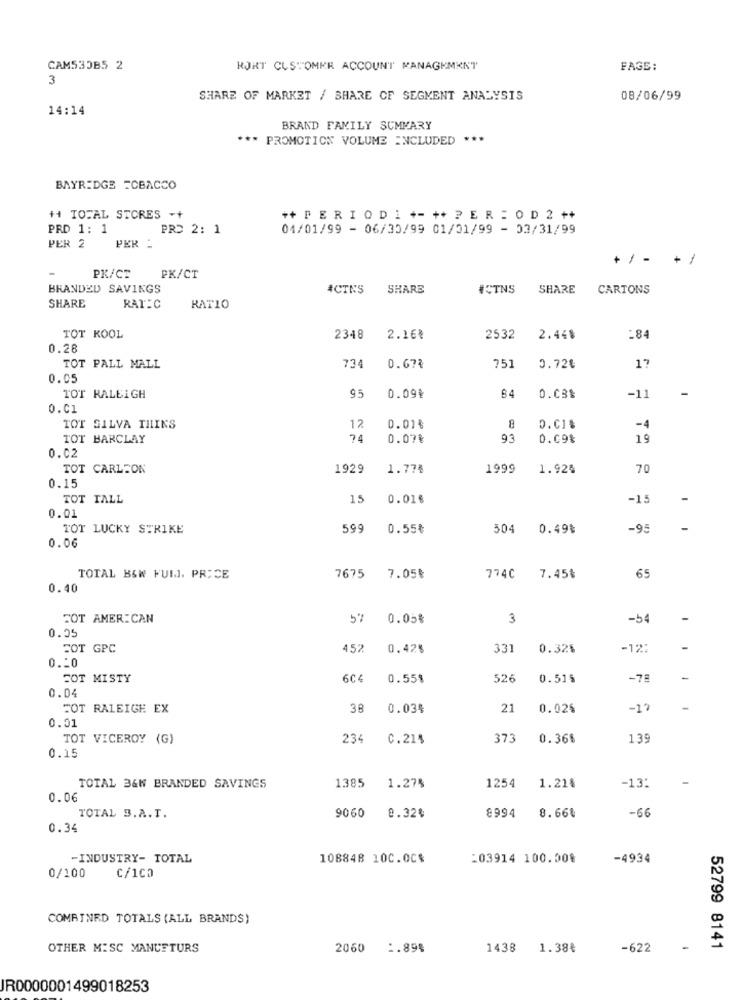
CAM533B5 2
KORT CUSTOMER ACCOUNT MANAGEMENT
FAGS:
3
SHARE OF MARKET / SHARE OF SEGMENT ANALYSIS
08/06/99
14:14
BRAND FAMILY SUMMARY
*** PROMOTION VOLUME INCLUDED ***
BAYRIDGE FCBACCO
+ TOTAL STORES ++
++ P E R I O D 1 +- ++ P E R : O D 2 ++
PRD 1: 1
PRO 2: 1
04/01/99 - 06/30/99 01/01/99 - 03/31/99
PER 2
PER -
+/ - +/
PK/CT
PK/CT
BRANDED SAVINGS
ACTES
SHARE
#CTNS
SHARE
CARTONS
SHARE
RATEC
RATIO
TOT KOOL
2348
2.16%
2532
2.44%
:84
0.28
17
TOT PALL MALL
734
0.67%
?51
0.72€
0.05
-
TOT RALEIGH
95
0.09%
-
0.03%
-11
o.C1
TOT SILVA THINS
12
0.01%
0.01%
-4
TOT BARCLAY
74
0.07€
93
0.09%
19
0.02
TOT CARLSON
1929
1.774
1999
1.92%
70
0.15
TOT TALL
15
0.01€
-15
0.01
TOT LUCKY STRIKE
599
0.55₺
504
0.49%
-95
0.06
TOTAL B&W FUM. PRICE
7675 7.05₺
774C
7.45%
65
0.40
FOT AMERICAN
57 0.05%
3
-54
0.25
FOT GPC
452
0.42%
331
0.32%
-12:
0.50
FOT MISTY
6C4
0.55%
526
0.51%
-75
0.04
TOT RALEIGH EX
38
0.03%
21
0.02%
-17
0.01
TOT VICEROY (G)
234
C.21%
373
0.36%
139
0.15
TOTAL B&W BRANDED SAVINGS
1385
1.27%
1254
1.21%
-13:
0.06
8994
TOTAL S.A.T.
9060
0.32%
8.66%
-66
0.34
-INDUSTRY- TOTAL
108848 10C.OC%
:03914 100.00%
-4934
C/1CO
0/100
COMBINED TOTALS (ALL BRANDS)
OTHER MISC MANCETURS
2060
1.898
1438
1.38€
-622
52799 8141
IR0000001499018253